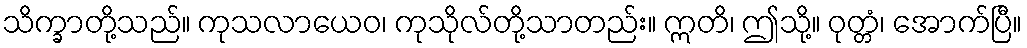
သိက္ခာတို့သည်။ ကုသလာယေဝ၊ ကုသိုလ်တို့သာတည်း။ ဣတိ၊ ဤသို့။ ဝုတ္တံ၊ အောက်ပြီ။